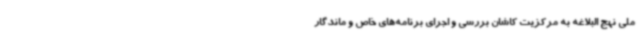
ملی نهج البلاغه به مرکزیت کاشان بررسی و اجرای برنامه‌های خاص و ماندگار